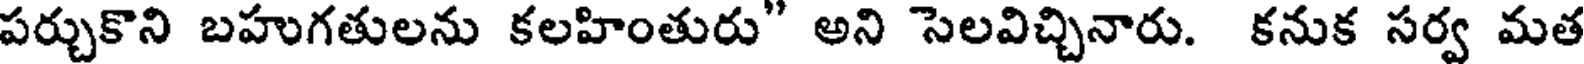
పర్చుకొని బహుగతులను కలహింతురు" అని సెలవిచ్చినారు. కనుక సర్వ మత